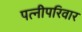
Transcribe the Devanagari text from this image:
पत्नीपरिवार